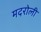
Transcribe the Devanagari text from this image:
मदरोली